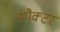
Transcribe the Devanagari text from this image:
स्पैक्टर